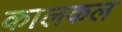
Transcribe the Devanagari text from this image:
कालकल